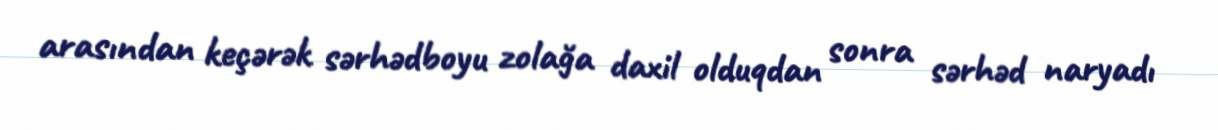
arasından keçərək sərhədboyu zolağa daxil olduqdan sonra sərhəd naryadı